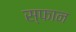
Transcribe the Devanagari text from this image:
स्फान